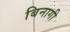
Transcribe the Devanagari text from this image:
बिनागी